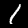
Label: 1